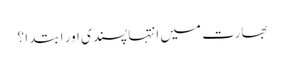
بھارت میں انتہا پسندی اور ابتدا ؟